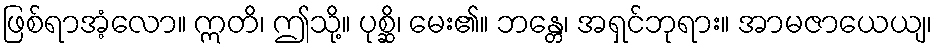
ဖြစ်ရာအံ့လော။ ဣတိ၊ ဤသို့။ ပုစ္ဆိ၊ မေး၏။ ဘန္တေ၊ အရှင်ဘုရား။ အာမဇာယေယျ၊